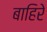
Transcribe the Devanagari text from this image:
बाहिरे